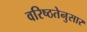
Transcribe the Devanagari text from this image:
वरिष्ठतेनुसार